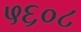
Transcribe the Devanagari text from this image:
५६०८